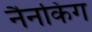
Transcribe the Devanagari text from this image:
नैनकिंग